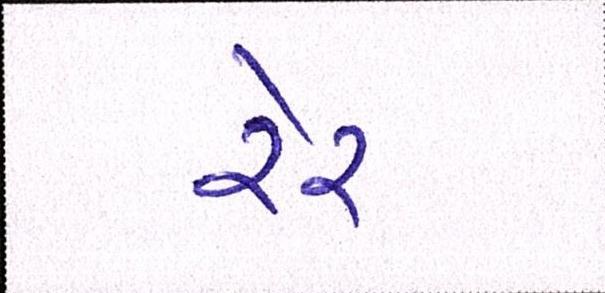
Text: રેર